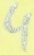
Text: 4